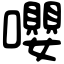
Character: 嚶